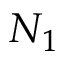
N _ { 1 }